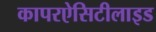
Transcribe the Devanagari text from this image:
कापरऐसिटीलाइड